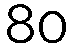
80